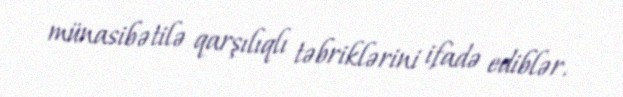
münasibətilə qarşılıqlı təbriklərini ifadə ediblər.